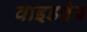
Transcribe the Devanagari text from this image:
वाइडवेब